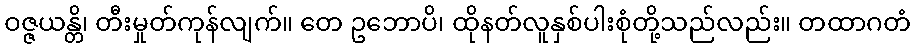
ဝဇ္ဇယန္တိ၊ တီးမှုတ်ကုန်လျက်။ တေ ဥဘောပိ၊ ထိုနတ်လူနှစ်ပါးစုံတို့သည်လည်း။ တထာဂတံ